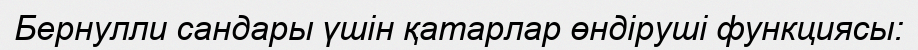
Бернулли сандары үшін қатарлар өндіруші функциясы: